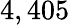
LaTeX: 4,405